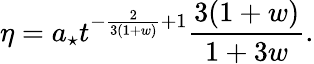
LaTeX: \eta=a_{\star}t^{-\frac{2}{3(1+w)}+1}\frac{3(1+w)}{1+3w}.